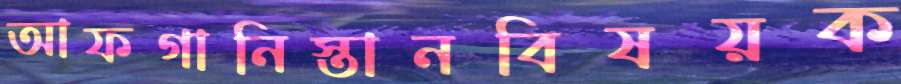
আফগানিস্তানবিষয়ক